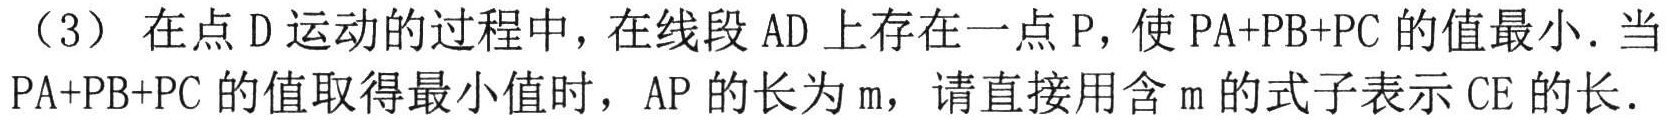
（3）在点D运动的过程中，在线段AD上存在一点P，使PA+PB+PC的值最小．当PA+PB+PC的值取得最小值时，AP的长为m，请直接用含m的式子表示CE的长．